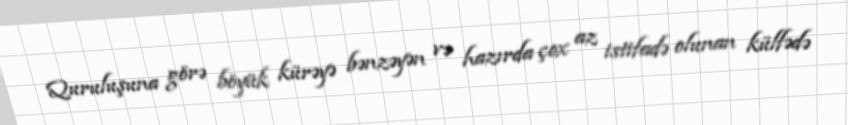
Quruluşuna görə böyük kürəyə bənzəyən və hazırda çox az istifadə olunan külfədə